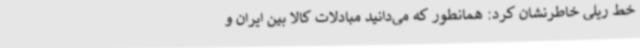
خط ریلی خاطرنشان کرد: همانطور که می‌دانید مبادلات کالا بین ایران و